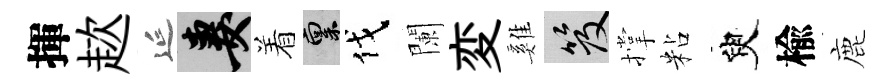
揮趑延妻着禀伐闌変雞笈撑粘臾楡鹿